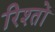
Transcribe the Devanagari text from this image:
रिश्‍तों